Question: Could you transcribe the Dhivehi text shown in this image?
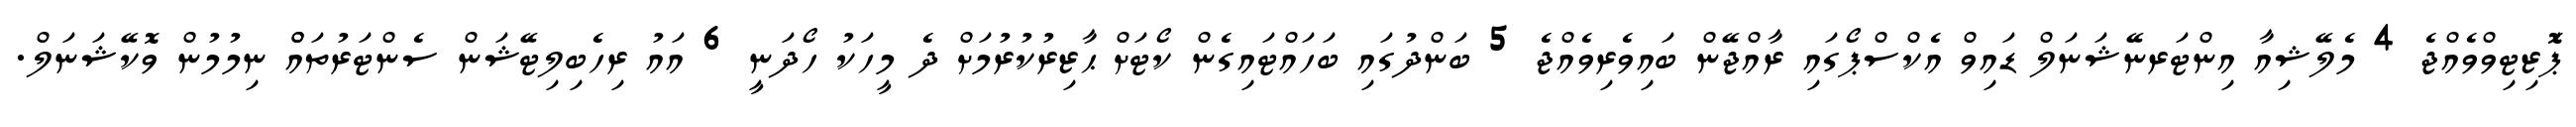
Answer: ޕަޮޒިޓިވްވެއްޖެ 4 މެލޭޝިއާ އިންޓަރނޭޝަނަލް ޑައިވް އެކްސްޕޯގައި ރާއްޖޭން ބައިވެރިވެއްޖެ 5 ބަންދުގައި ބަހައްޓައިގެން ކޯޓަށް ޙާޒިރުކުރުމަށް ދެ މީހަކު ހޯދަނީ 6 އައު ރިހެބިލިޓޭޝަން ސެންޓަރުތައްް ނިމުމުން ވޮކޭޝަނަލް.